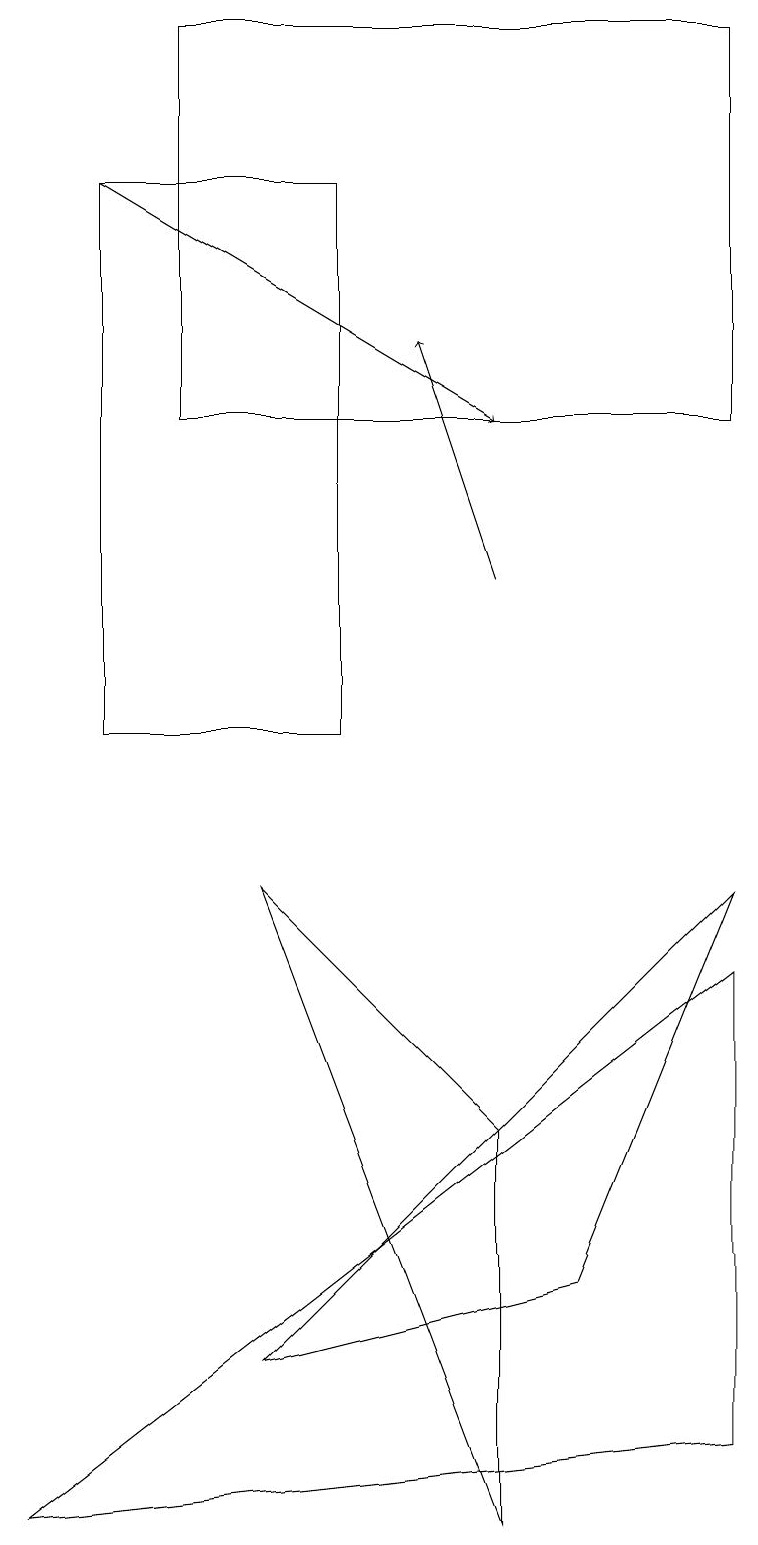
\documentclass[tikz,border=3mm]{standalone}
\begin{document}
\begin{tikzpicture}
\draw (4,10) rectangle (1,17);
\draw (9,8) -- (3,2) -- (7,3) -- cycle;
\draw (9,19) rectangle (2,14);
\draw (9,1) -- (0,0) -- (9,7) -- cycle;
\draw[->] (6,12) -- (5,15);
\draw[->] (1,17) -- (6,14);
\draw (6,5) -- (6,0) -- (3,8) -- cycle;
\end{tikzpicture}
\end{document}